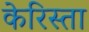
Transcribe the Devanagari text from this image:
केरिस्ता